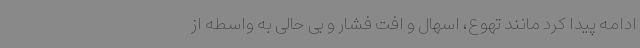
ادامه پیدا کرد مانند تهوع، اسهال و افت فشار و بی حالی به واسطه از